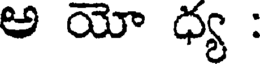
అ యో ధ్య :